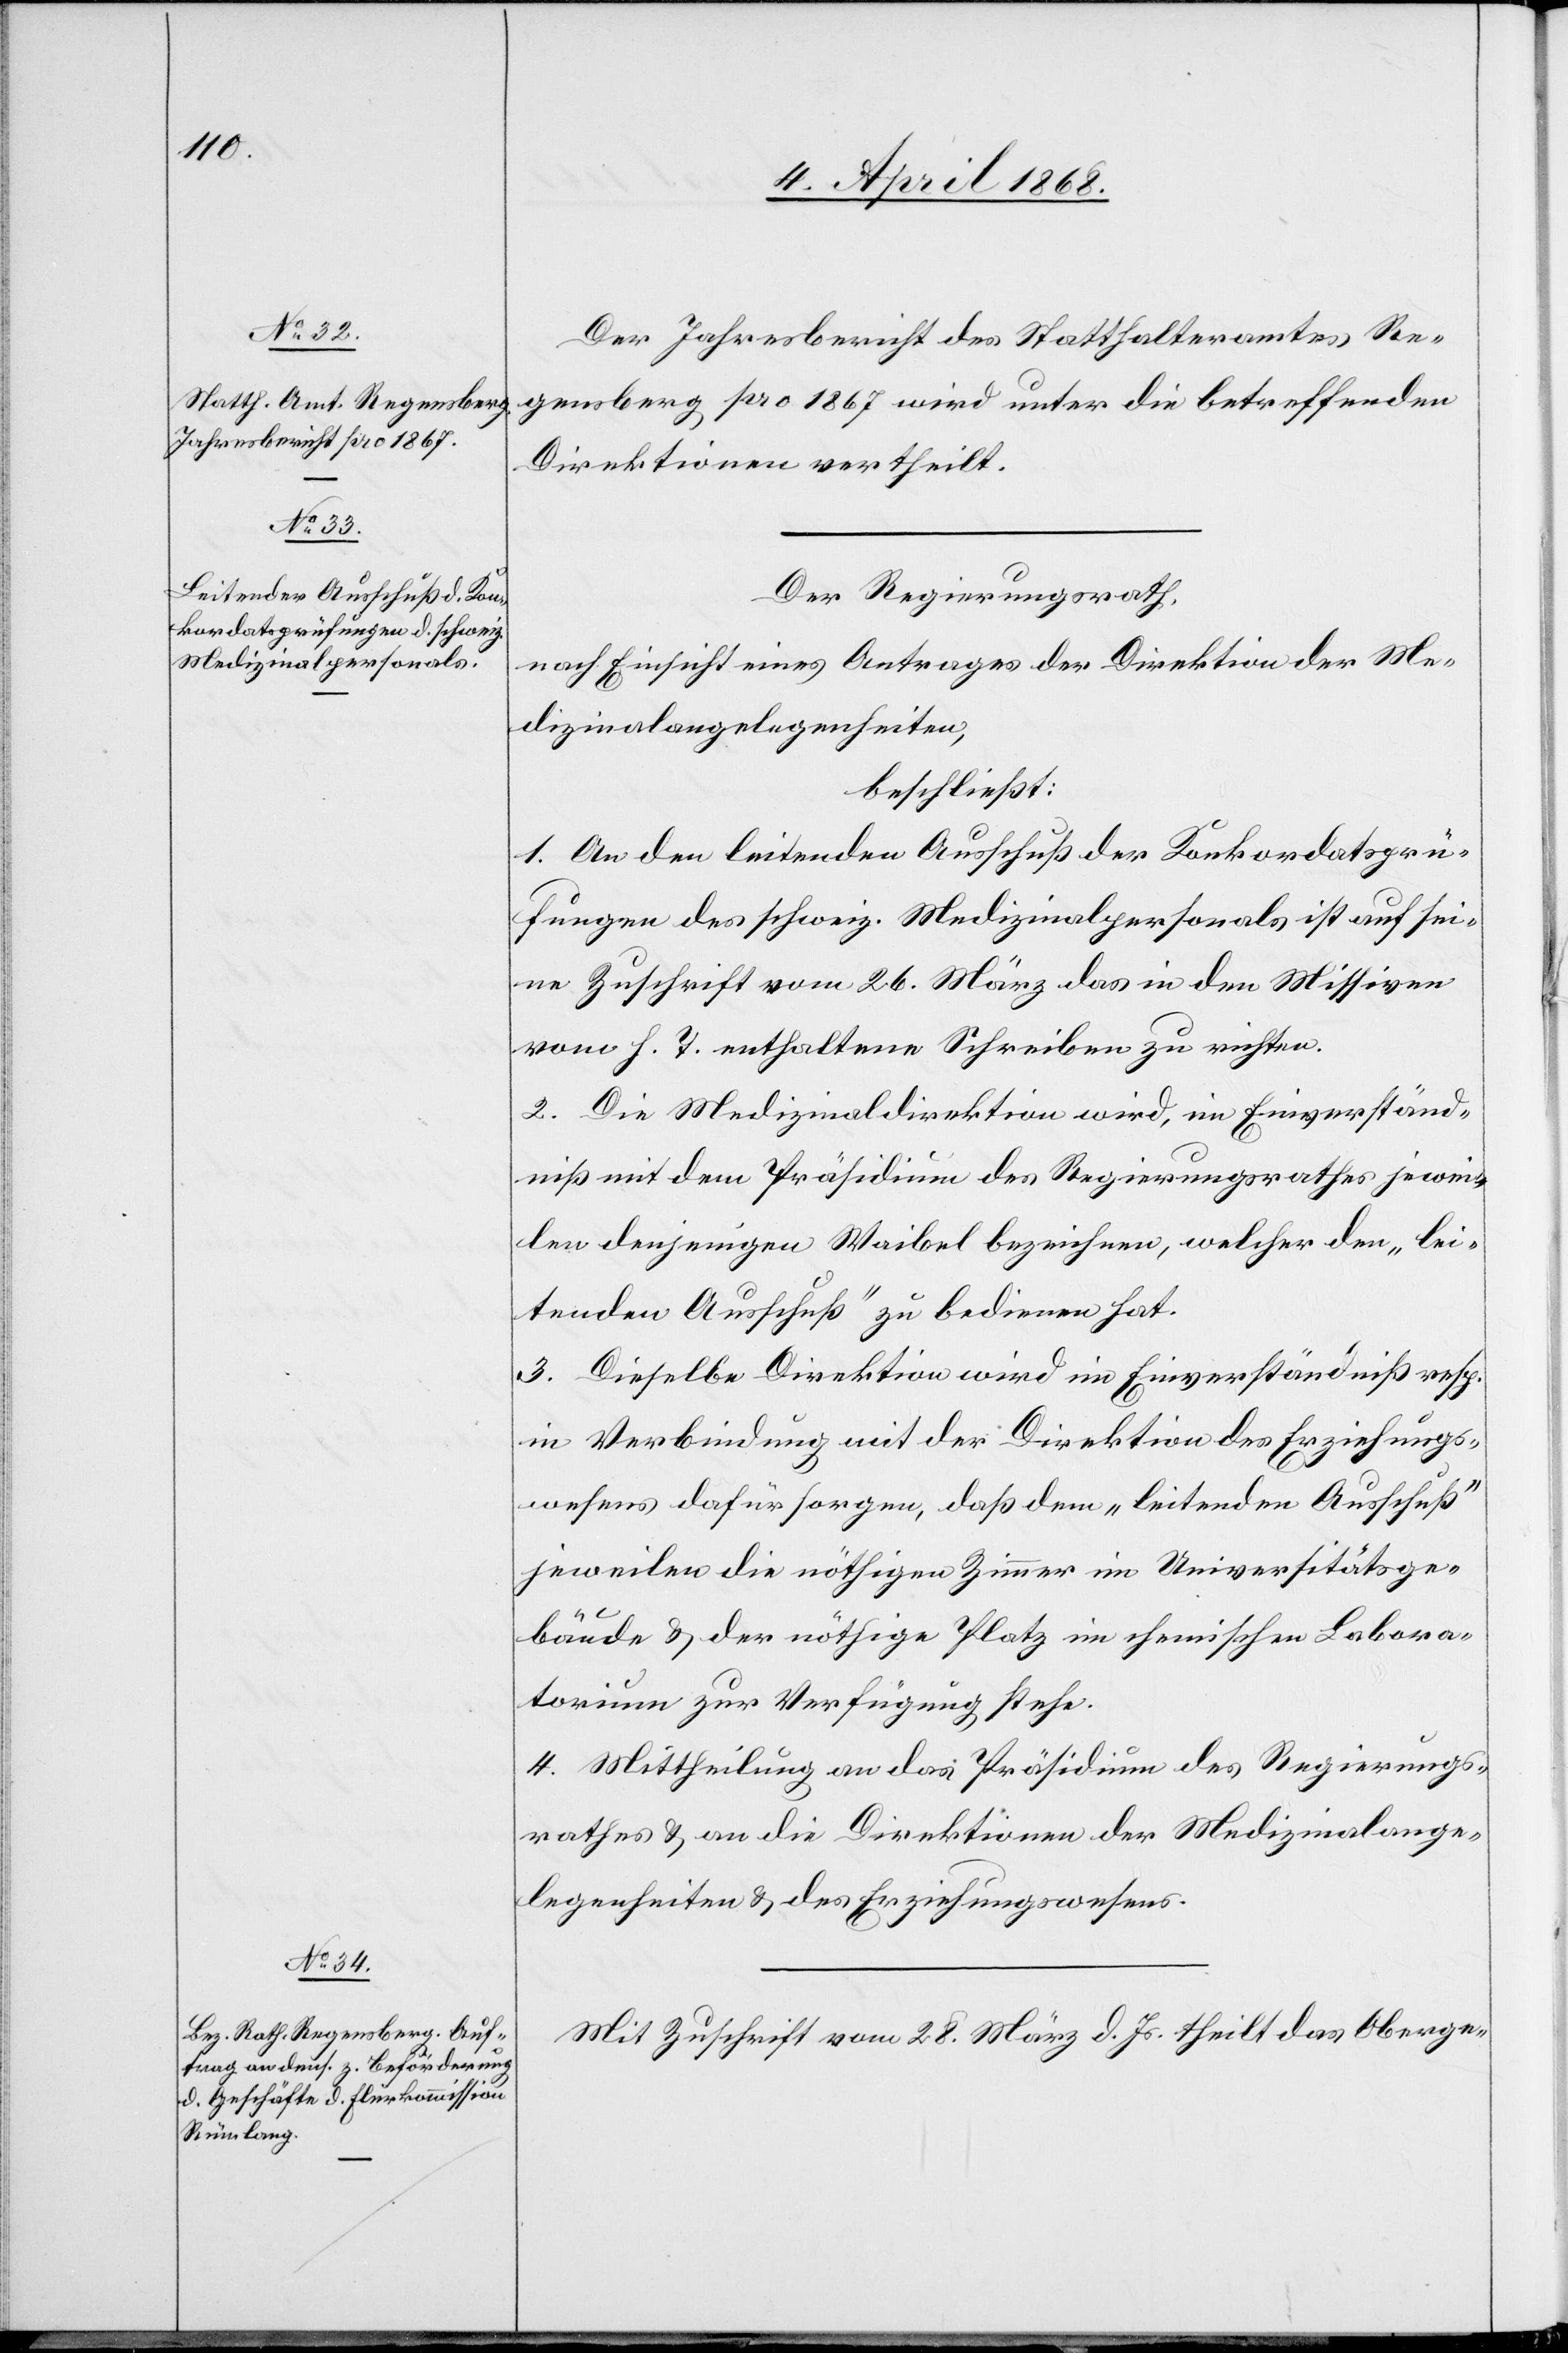
Der Jahresbericht des Statthalteramtes Re¬
gensberg pro 1867 wird unter die betreffenden
Direktionen vertheilt.
Der Regierungsrath,
nach Einsicht eines Antrages der Direktion der Me¬
dizinalangelegenheiten,
beschließt:
1. An den leitenden Ausschuß der Konkordatsprü¬
fungen des schweiz. Medizinalpersonals ist auf sei¬
ne Zuschrift vom 26. März das in den Missiven
vom h. T. enthaltene Schreiben zu richten.
2. Die Medizinaldirektion wird, im Einverständ¬
niß mit dem Präsidium des Regierungsrathes jewei¬
len denjenigen Waibel bezeichnen, welcher den „lei¬
tenden Ausschuß“ zu bedienen hat.
3. Dieselbe Direktion wird im Einverständniß resp.
in Verbindung mit der Direktion des Erziehungs¬
wesens dafür sorgen, daß dem „leitenden Ausschuß“
jeweilen die nöthigen Zimmer im Universitätsge¬
bäude & der nöthige Platz im chemischen Labora¬
torium zur Verfügung stehe.
4. Mittheilung an das Präsidium des Regierungs¬
rathes & an die Direktionen der Medizinalange¬
legenheiten & des Erziehungswesens.
Mit Zuschrift vom 28. März d. Js. theilt das Oberge-